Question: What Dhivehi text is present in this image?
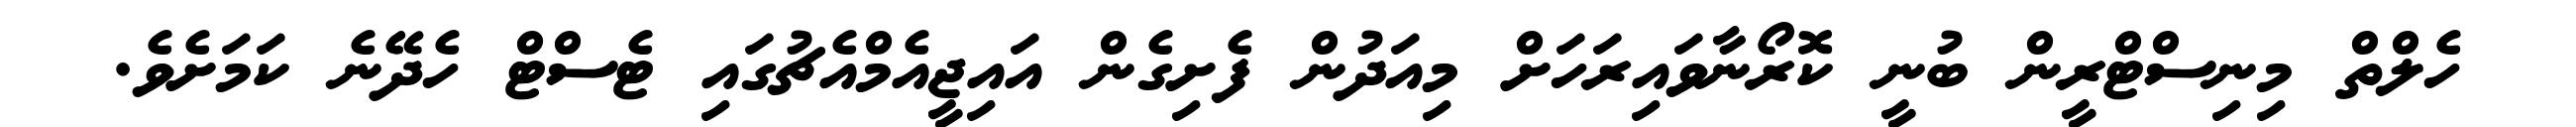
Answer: ހެލްތް މިނިސްޓްރީން ބުނީ ކޮރޯނާވައިރަހަށް މިއަދުން ފެށިގެން އައިޖީއެމްއެޗުގައި ޓެސްޓް ހެދޭނެ ކަމަށެވެ.